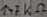
Text: 1.7KΩ